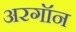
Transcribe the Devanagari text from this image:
अरगॉन